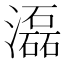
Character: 𤂬